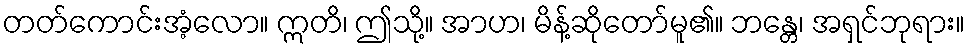
တတ်ကောင်းအံ့လော။ ဣတိ၊ ဤသို့။ အာဟ၊ မိန့်ဆိုတော်မူ၏။ ဘန္တေ၊ အရှင်ဘုရား။